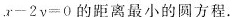
$$x - 2y = 0$$ 的距离最小的圆方程。